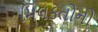
મિલકતોનો